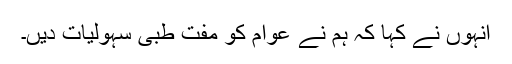
انہوں نے کہا کہ ہم نے عوام کو مفت طبی سہولیات دیں۔